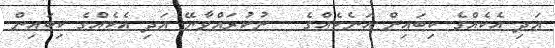
އަދި އެކެއްގެ ކިބައިން އަނެކެއްގެ   ނުކުރައްވާނޭ އަދި އެކެއްގެ ކިބައިން